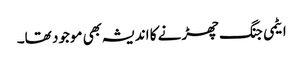
ایٹمی جنگ چھڑنے کا اندیشہ بھی موجود تھا۔